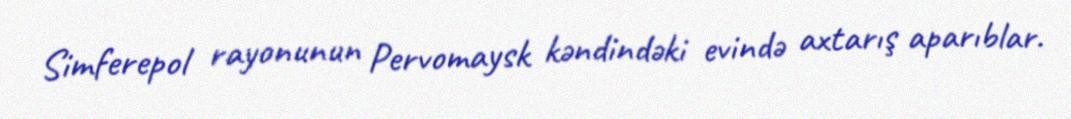
Simferepol rayonunun Pervomaysk kəndindəki evində axtarış aparıblar.